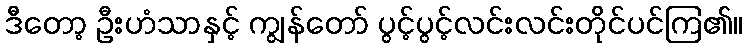
ဒီတော့ ဦးဟံသာနှင့် ကျွန်တော် ပွင့်ပွင့်လင်းလင်းတိုင်ပင်ကြ၏။